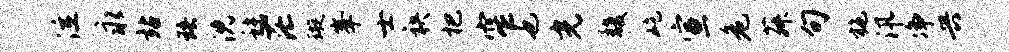
泣永站珞沈秣茫璇峰士袂杷窄也光馥屹宣危菽句施汛净兴